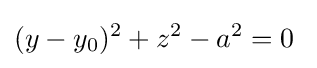
(y-y_{0})^{2}+z^{2}-a^{2}=0\